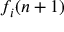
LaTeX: f _ { i } ( n + 1 )